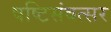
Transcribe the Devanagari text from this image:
षष्टिसंवत्सर